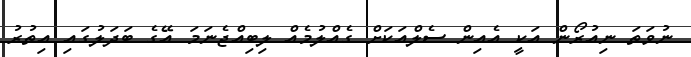
ނުވަތަ ނިއުރޯން އަކީ އެއިން ސެލްއަކަށް ގެއްލުމެއް ލިބިއްޖެނަމަ އޭގެ ބަދަލުގައި އިތުރު